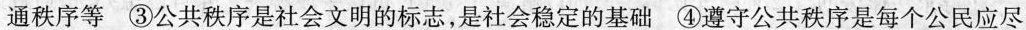
通秩序等③公共秩序是社会文明的标志，是社会稳定的基础④遵守公共秩序是每个公民应尽